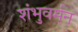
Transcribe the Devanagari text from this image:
शंभुवर्मन